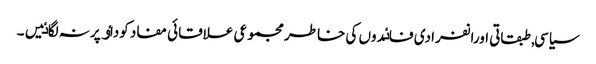
سیاسی, طبقاتی اورانفرادی فاٸدوں کی خاطر مجموعی علاقائی مفاد کوداٶ پرنہ لگاٸیں۔